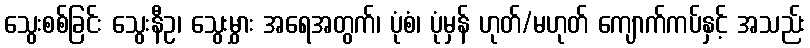
သွေးစစ်ခြင်း သွေးနီဥ၊ သွေးမွှား အရေအတွက်၊ ပုံစံ၊ ပုံမှန် ဟုတ်/မဟုတ် ကျောက်ကပ်နှင့် အသည်း